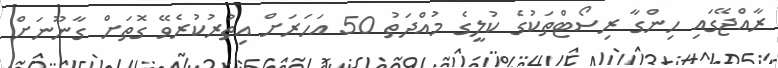
ރާއްޖޭގައި ހިންގާ ރިސޯޓްތަކުގެ ކުލީގެ މުއްދަތު 50 އަހަރަށް އިތުރުކުރެވޭ ގޮތަށް ގާނޫނަށް